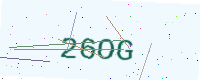
Text: 26OG